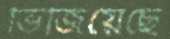
ভিজিয়েছে